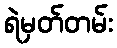
ရဲမှတ်တမ်း